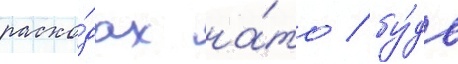
расхо́дах на́то / бу́дь